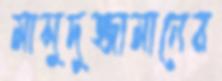
মাসুদুজ্জামানের